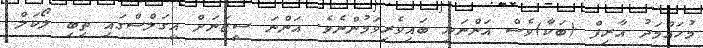
މުހައްމަދު އާރިފް (ބަކާ)ވެސް އަންނަނީ ބައިވެރިވަމުންނެވެ. އަންނަ ސީޒަނަށް އީގަލްސްގައި ތިބި ލޯކަލް